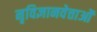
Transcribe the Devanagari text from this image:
नृविज्ञानवेत्ताओं